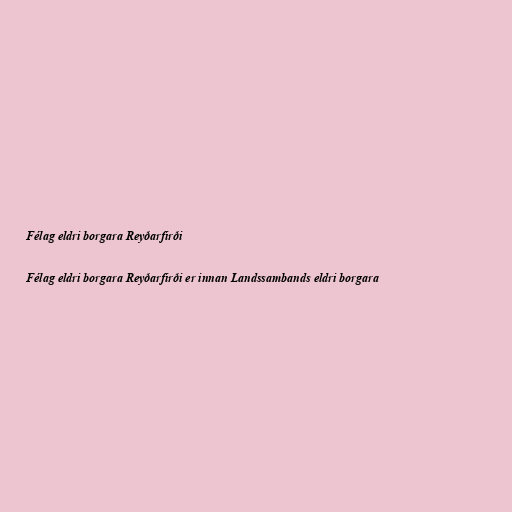
Félag eldri borgara Reyðarfirði

Félag eldri borgara Reyðarfirði er innan Landssambands eldri borgara